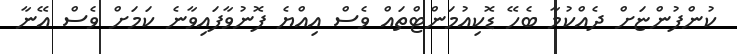
ކުންފުންޏަށް ދެއްކުމާ ބެހޭ ޑޮކިއުމަންޓްތައް ވެސް އިއްޔެ ފޮނުވާފައިވާނެ ކަމަށް ވެސް އޭނާ